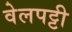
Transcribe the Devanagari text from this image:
वेलपट्टी